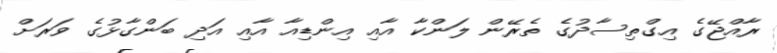
ރާއްޖޭގެ އިގްތިސާދުގެ ތެރޭން ލަންކާ އާއި އިންޑިއާ އާއި އަދި ބަންގާޅުގެ ވަރަށް